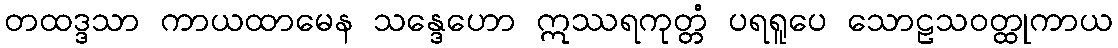
တထဒ္ဒသာ ကာယထာမေန သန္ဒေဟော ဣဿရကုတ္တံ ပရရူပေ သောဠသဝတ္ထုကာယ